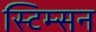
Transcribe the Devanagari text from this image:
स्टिम्सन